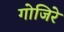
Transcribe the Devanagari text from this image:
गोजिरे